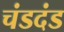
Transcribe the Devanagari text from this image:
चंडदंड